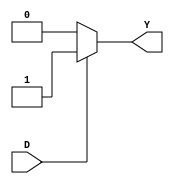
module d_latch (
    input D,
    output Y
);

always @ (D) begin
    if(D) begin
        Y <= 1;
    end
    else begin
        Y <= 0;
    end
end
    
endmodule